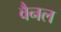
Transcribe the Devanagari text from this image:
वैनल